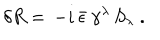
LaTeX: \delta R = \, - i \, \bar { \epsilon } \, \gamma ^ { \lambda } \, S _ { \lambda } \; .